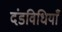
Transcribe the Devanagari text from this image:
दंडविधियाँ